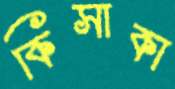
কিসাকা